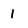
Character: 1